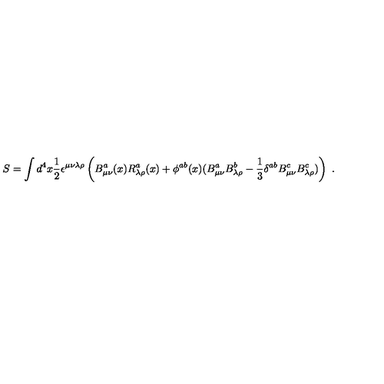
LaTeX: S = \int d ^ { 4 } x \frac { 1 } { 2 } \epsilon ^ { \mu \nu \lambda \rho } \left( B _ { \mu \nu } ^ { a } ( x ) R _ { \lambda \rho } ^ { a } ( x ) + \phi ^ { a b } ( x ) ( B _ { \mu \nu } ^ { a } B _ { \lambda \rho } ^ { b } - \frac { 1 } { 3 } \delta ^ { a b } B _ { \mu \nu } ^ { c } B _ { \lambda \rho } ^ { c } ) \right) \ .